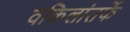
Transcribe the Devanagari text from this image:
वकिलांतर्फे